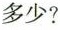
多少?